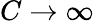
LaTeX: C\to\infty